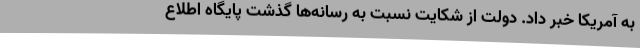
به آمریکا خبر داد. دولت از شکایت نسبت به رسانه‌ها گذشت پایگاه اطلاع